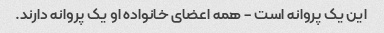
این یک پروانه است - همه اعضای خانواده او یک پروانه دارند.